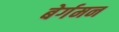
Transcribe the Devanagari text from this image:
बेर्गमन